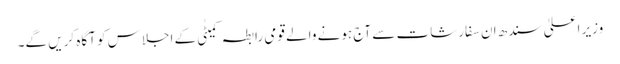
وزیر اعلیٰ سندھ ان سفارشات سے آج ہونے والے قومی رابطہ کمیٹٰی کے اجلاس کو آگاہ کریں گے۔